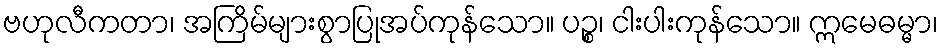
ဗဟုလီကတာ၊ အကြိမ်များစွာပြုအပ်ကုန်သော။ ပဉ္စ၊ ငါးပါးကုန်သော။ ဣမေဓမ္မာ၊